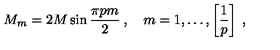
M _ { m } = 2 M \sin \frac { \pi p m } { 2 } \: , \quad m = 1 , \ldots , \left[ \frac { 1 } { p } \right] \: ,